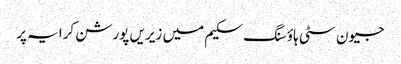
جیون سٹی ہاؤسنگ سکیم میں زیریں پورشن کرایہ پر